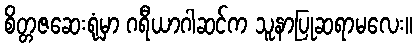
စိတ္တဇဆေးရုံမှာ ဂရီယာဂါဆင်က သူနာပြုဆရာမလေး။